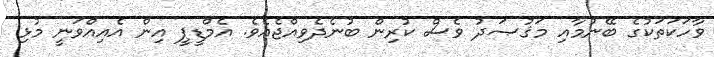
ވާހަކަތަކުގެ ބޭނުމާއި މަޤުޞަދު ވެސް ކުރިން ބުނެދެވިއްޖެއެވެ. އެމްޑީޕީ އިން އެއިއްވަނީ މުޅި